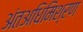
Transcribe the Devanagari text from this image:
अंतअधिमिश्रण